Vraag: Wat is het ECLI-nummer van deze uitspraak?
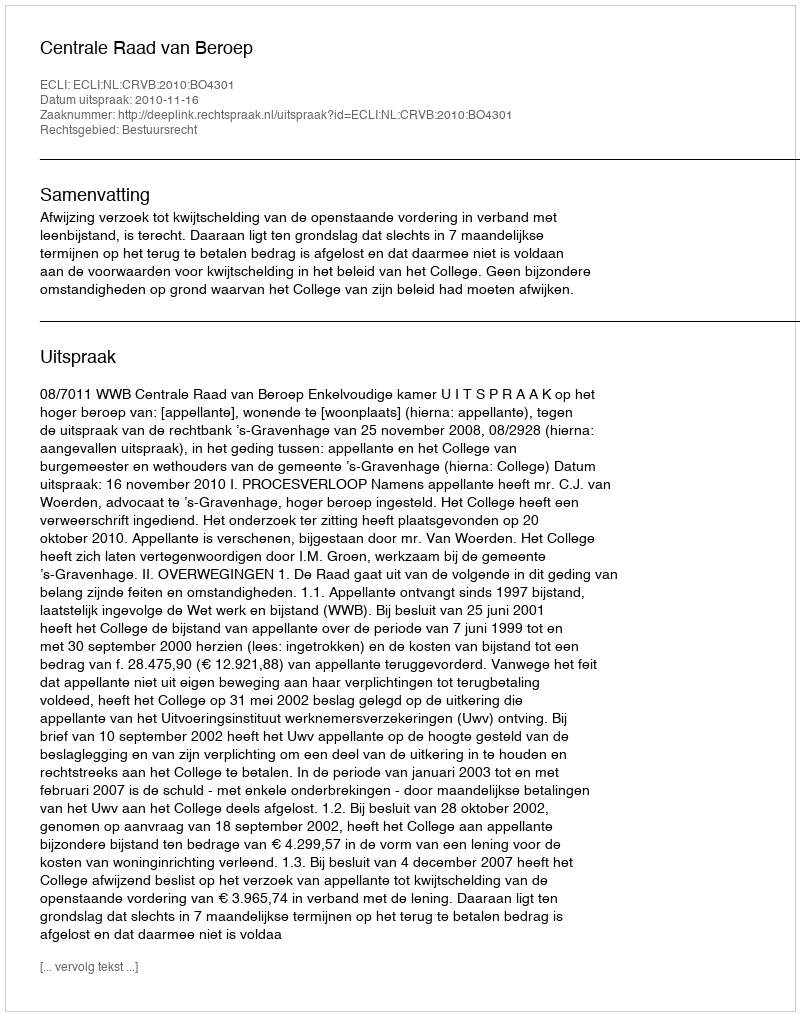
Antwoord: ECLI:NL:CRVB:2010:BO4301